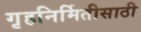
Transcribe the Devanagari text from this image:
गृहनिर्मितीसाठी